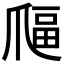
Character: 𤔜